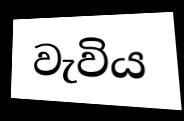
වැවිය